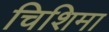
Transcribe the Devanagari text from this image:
चिशिमा